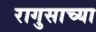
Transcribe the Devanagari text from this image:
रागुसाच्या